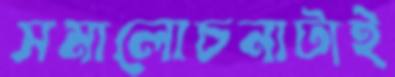
সমালোচনাটাই